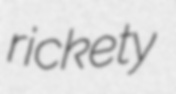
rickety